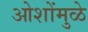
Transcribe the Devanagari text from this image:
ओशोंमुळे